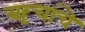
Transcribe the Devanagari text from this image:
ॠचांचे